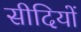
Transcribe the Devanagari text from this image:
सीदियों